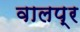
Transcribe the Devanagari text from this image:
वालप्र